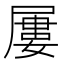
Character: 屢